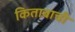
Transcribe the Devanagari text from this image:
किताबाची